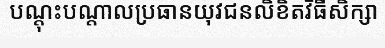
បណ្តុះបណ្តាលប្រធានយុវជនលិខិតវិធីសិក្សា